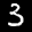
Label: 3